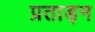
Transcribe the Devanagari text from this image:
प्रताड़न